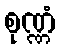
စုဏ္ဏံ